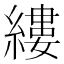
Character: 縷